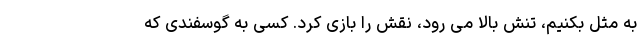
به مثل بکنیم، تنش بالا می رود، نقش را بازی کرد. کسی به گوسفندی که